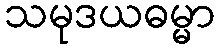
သမုဒယဓမ္မာ